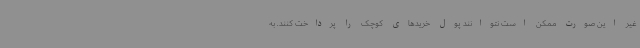
غیر این صورت ممکن است نتوانند پول خریدهای کوچک را پرداخت کنند. به